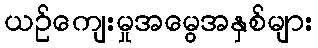
ယဉ်ကျေးမှုအမွေအနှစ်များ